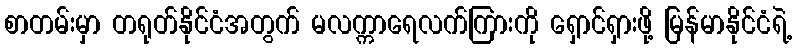
စာတမ်းမှာ တရုတ်နိုင်ငံအတွက် မလက္ကာရေလက်ကြားကို ရှောင်ရှားဖို့ မြန်မာနိုင်ငံရဲ့